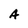
Character: A